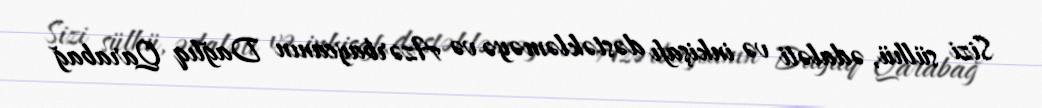
Sizi sülhü, ədaləti və inkişafı dəstəkləməyə və Azərbaycanın Dağlıq Qarabağ